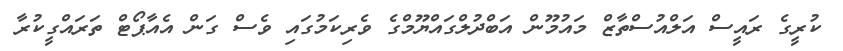
ކުރީގެ ރައީސް އަލްއުސްތާޒް މައުމޫން އަބްދުލްގައްޔޫމްގެ ވެރިކަމުގައި ވެސް ގަން އެއާޕޯޓް ތަރައްގީކުރާ